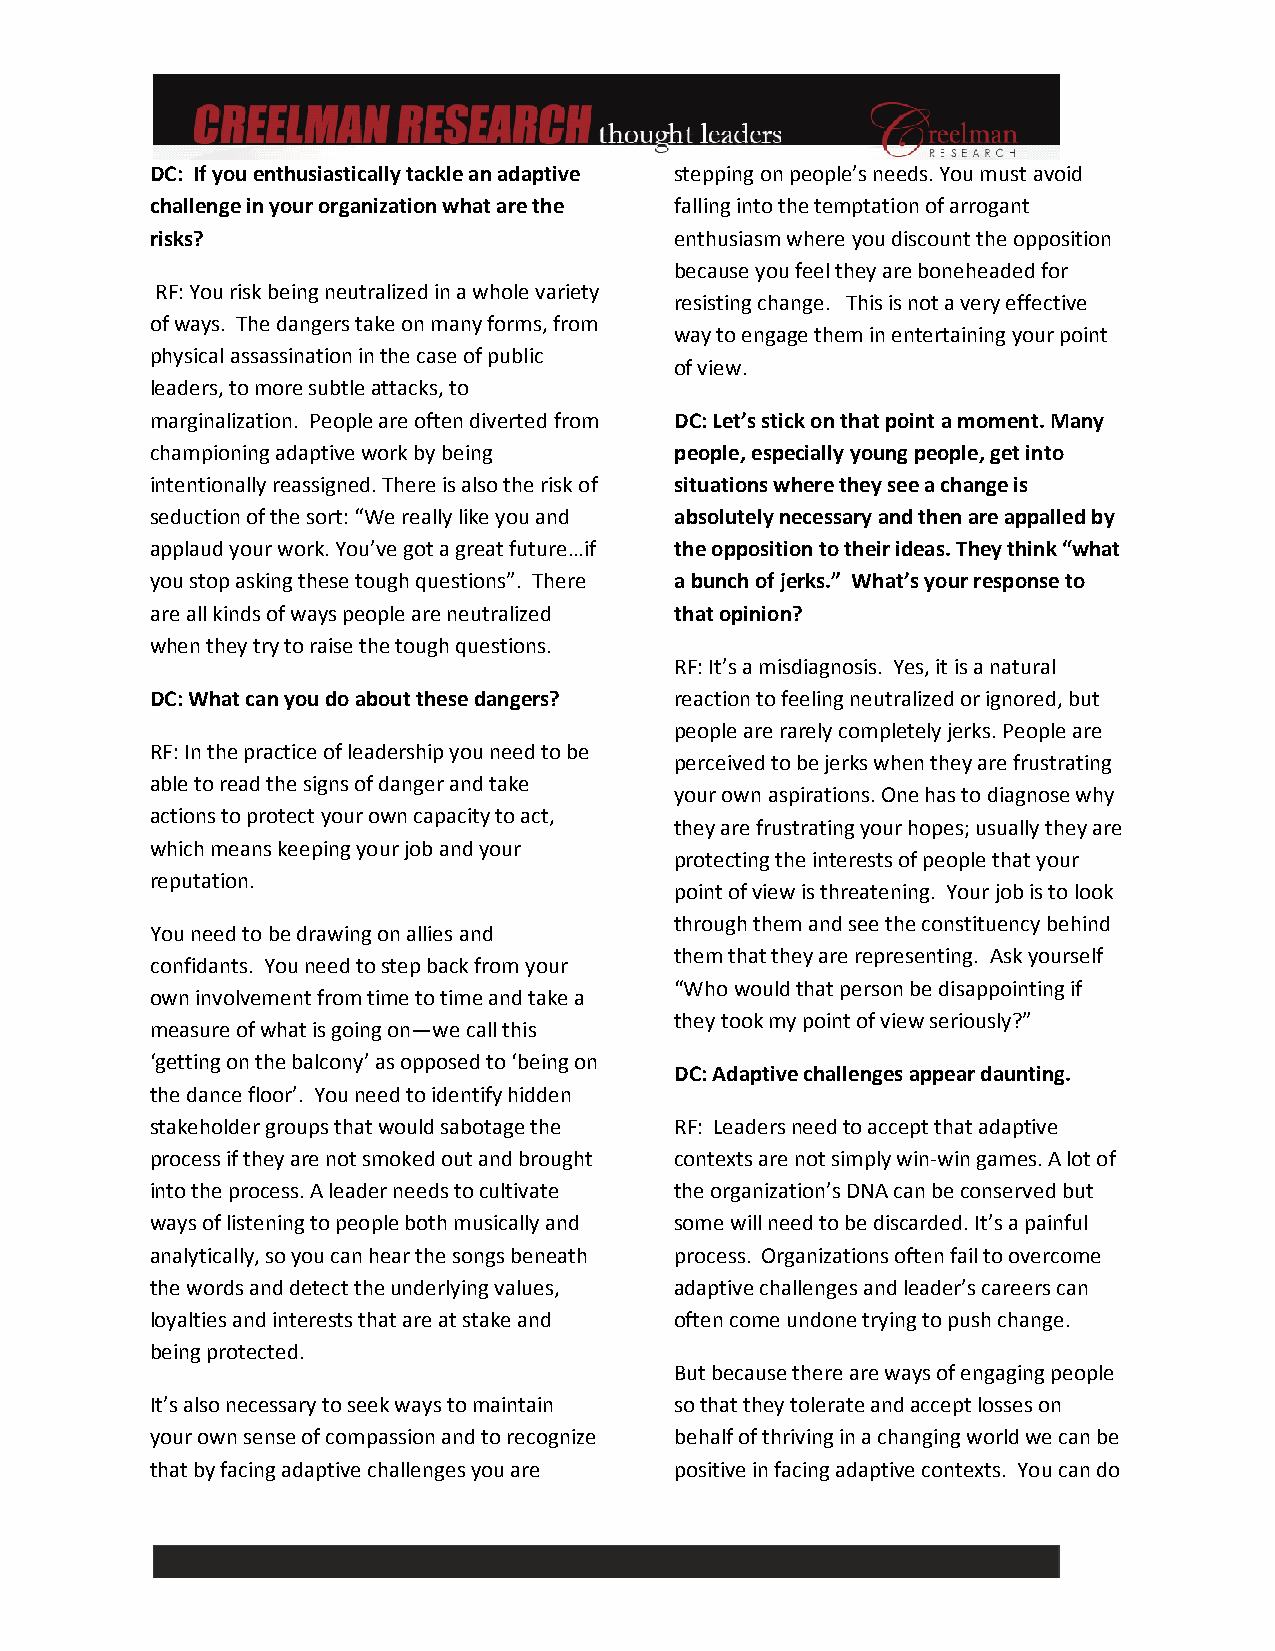
DC: If you enthusiastically tackle an adaptive stepping on people’s needs. You must avoid
 challenge in your organization what are the falling into the temptation of arrogant
 risks?                             enthusiasm where you discount the opposition
 because you feel they are boneheaded for
 RF: You risk being neutralized in a whole variety
 resisting change. This is not a very effective
 of ways. The dangers take on many forms, from
 way to engage them in entertaining your point
 physical assassination in the case of public
 of view.
 leaders, to more subtle attacks, to
 marginalization. People are often diverted from DC: Let’s stick on that point a moment. Many
 championing adaptive work by being people, especially young people, get into
 intentionally reassigned. There is also the risk of situations where they see a change is
 seduction of the sort: “We really like you and absolutely necessary and then are appalled by
 applaud your work. You’ve got a great future…if the opposition to their ideas. They think “what
 you stop asking these tough questions”. There a bunch of jerks.” What’s your response to
 are all kinds of ways people are neutralized that opinion?
 when they try to raise the tough questions.
 RF: It’s a misdiagnosis. Yes, it is a natural
 DC: What can you do about these dangers? reaction to feeling neutralized or ignored, but
 people are rarely completely jerks. People are
 RF: In the practice of leadership you need to be
 perceived to be jerks when they are frustrating
 able to read the signs of danger and take
 your own aspirations. One has to diagnose why
 actions to protect your own capacity to act,
 they are frustrating your hopes; usually they are
 which means keeping your job and your
 protecting the interests of people that your
 reputation.
 point of view is threatening. Your job is to look
 through them and see the constituency behind
 You need to be drawing on allies and
 them that they are representing. Ask yourself
 confidants. You need to step back from your
 “Who would that person be disappointing if
 own involvement from time to time and take a
 they took my point of view seriously?”
 measure of what is going on—we call this
 ‘getting on the balcony’ as opposed to ‘being on
 DC: Adaptive challenges appear daunting.
 the dance floor’. You need to identify hidden
 stakeholder groups that would sabotage the RF: Leaders need to accept that adaptive
 process if they are not smoked out and brought contexts are not simply win-win games. A lot of
 into the process. A leader needs to cultivate the organization’s DNA can be conserved but
 ways of listening to people both musically and some will need to be discarded. It’s a painful
 analytically, so you can hear the songs beneath process. Organizations often fail to overcome
 the words and detect the underlying values, adaptive challenges and leader’s careers can
 loyalties and interests that are at stake and often come undone trying to push change.
 being protected.
 But because there are ways of engaging people
 It’s also necessary to seek ways to maintain so that they tolerate and accept losses on
 your own sense of compassion and to recognize behalf of thriving in a changing world we can be
 that by facing adaptive challenges you are positive in facing adaptive contexts. You can do